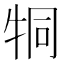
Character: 𤙓